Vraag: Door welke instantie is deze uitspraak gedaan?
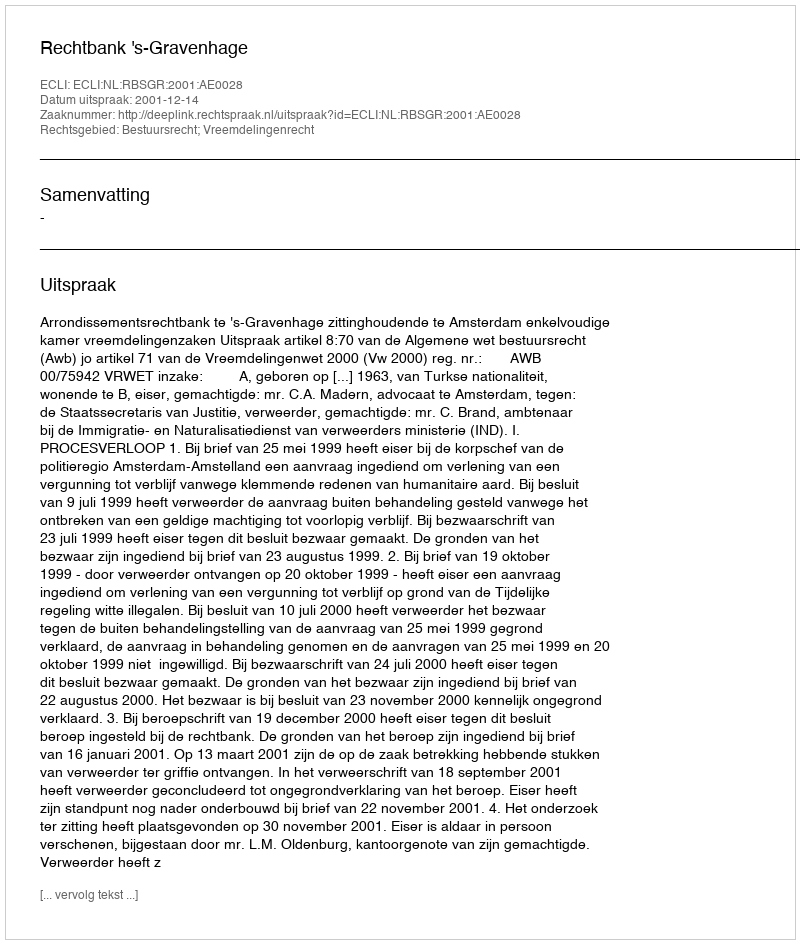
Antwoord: Rechtbank 's-Gravenhage